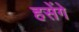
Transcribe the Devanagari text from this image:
हसेंगे